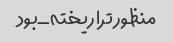
منظور ترا ریخته_بود